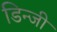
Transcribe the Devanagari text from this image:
डिन्जी